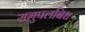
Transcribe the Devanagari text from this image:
समुपलबिध